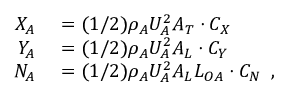
\begin{array} { r } { \begin{array} { r l } { X _ { A } } & { { } = ( 1 / 2 ) \rho _ { A } U _ { A } ^ { 2 } A _ { T } \cdot C _ { X } } \\ { Y _ { A } } & { { } = ( 1 / 2 ) \rho _ { A } U _ { A } ^ { 2 } A _ { L } \cdot C _ { Y } } \\ { N _ { A } } & { { } = ( 1 / 2 ) \rho _ { A } U _ { A } ^ { 2 } A _ { L } L _ { O A } \cdot C _ { N } \enspace , } \end{array} } \end{array}